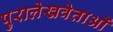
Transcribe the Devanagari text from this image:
पुरालेखवेत्ताओं